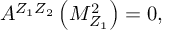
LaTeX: A ^ { Z _ { 1 } Z _ { 2 } } \left( M _ { Z _ { 1 } } ^ { 2 } \right) = 0 ,